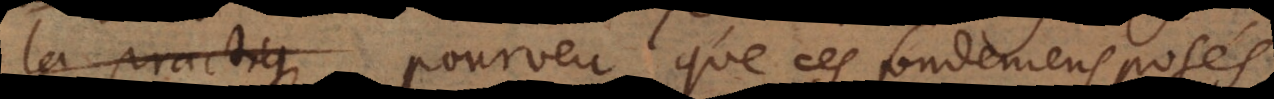
la practique pourveu que ces fondemens posés,